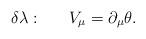
LaTeX: \begin{align*}\delta\lambda :~~~~~V_{\mu}=\partial_{\mu}\theta.\end{align*}